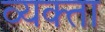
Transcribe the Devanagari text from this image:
व्यक्ता